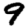
Digit: 9